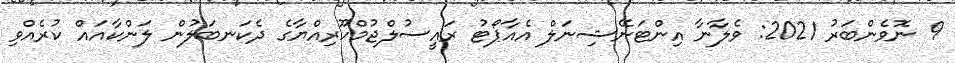
9 ނޮވެންބަރު 2021: ވެލާނާ އިންޓަނޭޝިނަލް އެއާޕޯޓު ރައީސުލްޖުމްހޫރިއްޔާގެ ދެކަނބަލުން ލަންކާއައް ކުރެއްވި